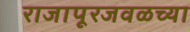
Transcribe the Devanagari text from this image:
राजापूरजवळच्या